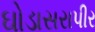
ઘોડાસરાપીર